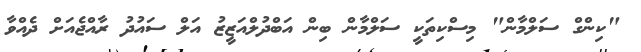
"ކިންގް ސަލްމާން" މިސްކިތަކީ ސަލްމާން ބިން އަބްދުލްއަޒީޒު އަލް ސައުދު ރާއްޖެއަށް ދެއްވާ